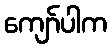
ကျော်ပါက